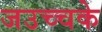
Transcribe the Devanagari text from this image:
जउच्चके